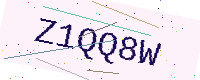
Text: Z1QQ8W